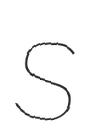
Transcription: S